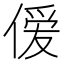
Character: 𫣊